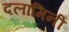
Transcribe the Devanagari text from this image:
दलामिनी